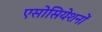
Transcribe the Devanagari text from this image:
एसोसियेशनों